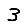
Digit: 3